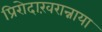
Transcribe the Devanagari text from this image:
प्रिरोदाख़रान्नाया